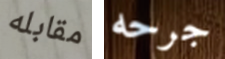
مقابله جرحه